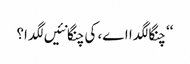
‘‘ چنگا لگدا اے، کی چنگا نئیں لگدا؟